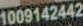
1009142442